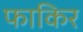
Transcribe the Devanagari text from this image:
फाकिर